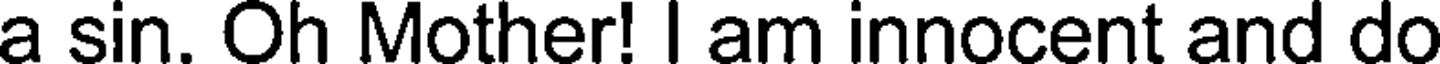
a sin. Oh Mother! I am innocent and do